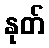
နုတ်